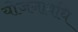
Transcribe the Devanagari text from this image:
योजनावधि